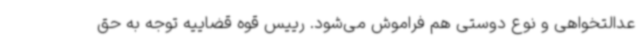
عدالتخواهی و نوع دوستی هم فراموش می‌شود. رییس قوه قضاییه توجه به حق